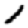
Digit: 1